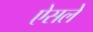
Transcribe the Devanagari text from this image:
ऐसले